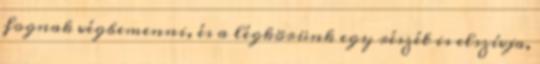
fognak végbemenni, és a légkörünk egy részét is elszívja,